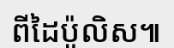
ពីដៃប៉ូលិស៕